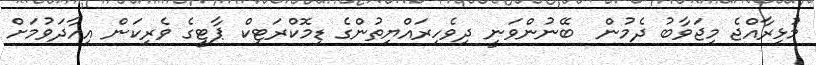
މުޅިރާއްޖެ މިޖަވާބު ދެމުން  ބޭނުންވަނީ ދިވެހިރައްޔިތުންގެ ޑިމޮކްރަޓިކް ޕާޓީގެ ވެރިކަން އިއާދަވުމަށް